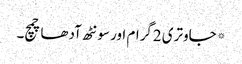
*جاوتری 2گرام اور سونٹھ آدھا چمچ۔